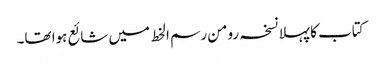
کتاب کا پہلا نسخہ رومن رسم الخط میں شائع ہوا تھا۔